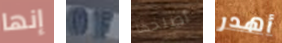
إنها OF أصلحها أهدر